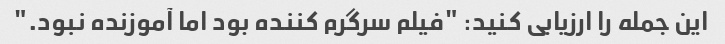
این جمله را ارزیابی کنید: "فیلم سرگرم کننده بود اما آموزنده نبود."